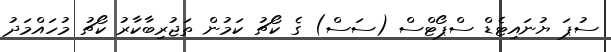
ސުޕަ ޔުނައިޓެޑް ސްޕޯޓްސް (ސަސް) ގެ ކޯޗު ކަމުން ތަޖުރިބާކާރު ކޯޗު މުހައްމަދު